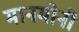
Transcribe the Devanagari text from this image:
मानमोनी